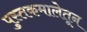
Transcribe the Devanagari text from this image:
पुस्तकमालेतून